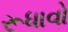
રૂધાવો